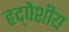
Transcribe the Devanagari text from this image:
हृद्पेशीय